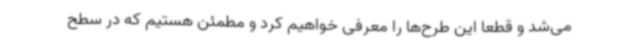
می‌شد و قطعا این طرح‌ها را معرفی خواهیم کرد و مطمئن هستیم که در سطح